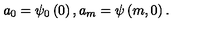
a _ { 0 } = \psi _ { 0 } \left( 0 \right) , a _ { m } = \psi \left( m , 0 \right) .